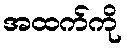
အထက်ကို